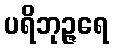
ပရိဘုဉ္ဇရေ